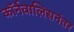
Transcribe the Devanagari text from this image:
कॉर्नवालिसनंतर